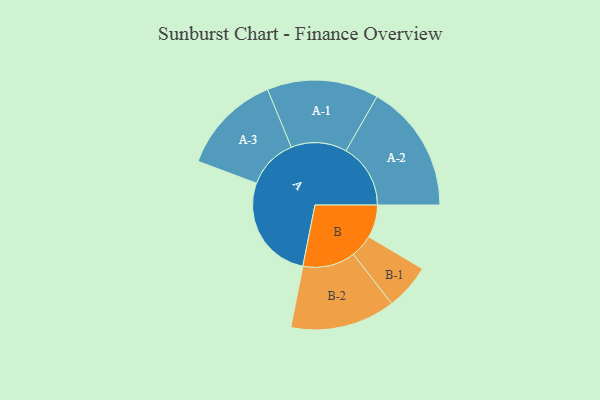
{"axis": {"x": "Segment", "y": "Value"}, "legend": ["", "A", "B"], "data": [{"x": "A", "y": 463, "type": ""}, {"x": "B", "y": 143, "type": ""}, {"x": "A-1", "y": 243, "type": "A"}, {"x": "A-2", "y": 281, "type": "A"}, {"x": "A-3", "y": 220, "type": "A"}, {"x": "B-1", "y": 100, "type": "B"}, {"x": "B-2", "y": 229, "type": "B"}]}